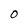
Character: 0